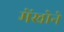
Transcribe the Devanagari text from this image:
मेंखोने